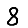
Digit: 8